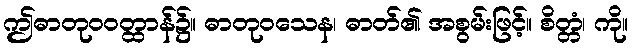
ဤဓာတုဝဝတ္ထာန်၌။ ဓာတုဝသေန၊ ဓာတ်၏ အစွမ်းဖြင့်။ စိတ္တံ၊ ကို။